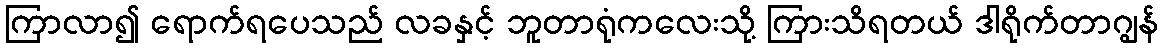
ကြာလာ၍ ရောက်ရပေသည် လခနှင့် ဘူတာရုံကလေးသို့ ကြားသိရတယ် ဒါရိုက်တာဂျွန်